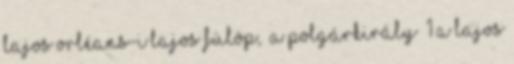
Lajos Orléans-i Lajos Fülöp, „a polgárkirály” 1 A Lajos